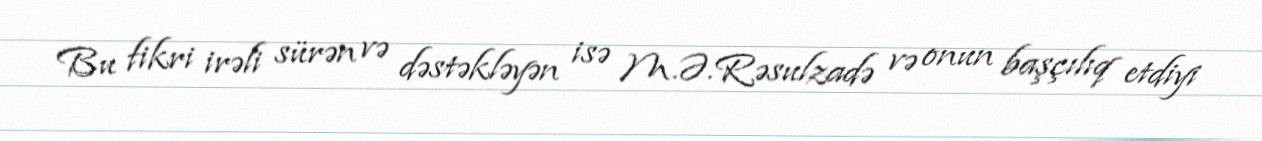
Bu fikri irəli sürən və dəstəkləyən isə M.Ə.Rəsulzadə və onun başçılıq etdiyi